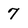
Character: 7